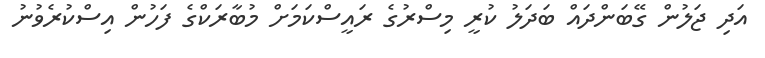
އަދި ޖަލުން ގޭބަންދައް ބަދަލު ކުރީ މިސްރުގެ ރައީސްކަމަށް މުބާރަކްގެ ފަހުން އިސްކުރެވުނު